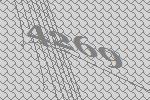
4269